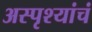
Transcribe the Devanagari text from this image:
अस्पृश्यांचं